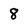
Character: 8